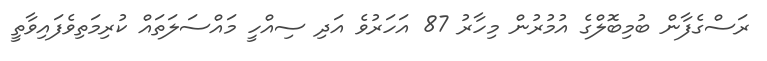
ރަސްގެފާން ބުމިބޮލްގެ އުމުރުން މިހާރު 87 އަހަރުވެ އަދި ސިއްހީ މައްސަލަތައް ކުރިމަތިވެފައިވާތީ